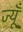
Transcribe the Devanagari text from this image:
ज्यूँ